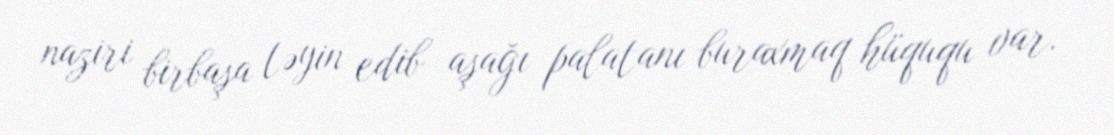
naziri birbaşa təyin edib aşağı palatanı buraxmaq hüququ var.